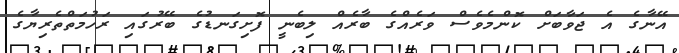
އޭނާގެ އެ ޖަވާބަށް ކޮންމެވެސް ވަރެއްގެ ބާރެއް ލިބެނީ ފޮށިގަނޑުގެ ބޭރުގައި ރަހުމަތްތެރިޔާގެ